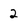
Character: 2